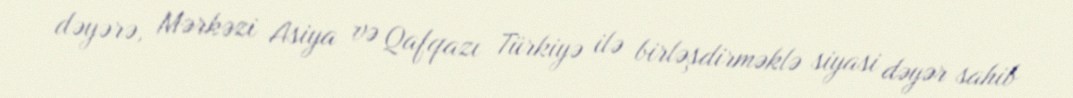
dəyərə, Mərkəzi Asiya və Qafqazı Türkiyə ilə birləşdirməklə siyasi dəyər sahib